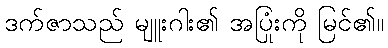
ဒက်ဇာသည် မျူးဂါး၏ အပြုံးကို မြင်၏။